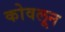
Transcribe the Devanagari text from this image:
कोवलून